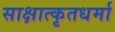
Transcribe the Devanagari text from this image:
साक्षात्कृतधर्मा